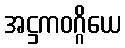
အဋ္ဌကဝဂ္ဂိယေ